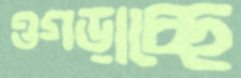
ওগড়াচ্ছে